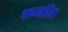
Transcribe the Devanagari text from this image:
जनहीत